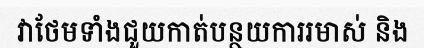
វាថែមទាំងជួយកាត់បន្ថយការរមាស់ និង